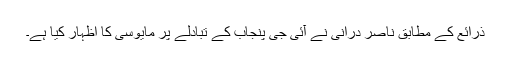
ذرائع کے مطابق ناصر درانی نے آئی جی پنجاب کے تبادلے پر مایوسی کا اظہار کیا ہے۔